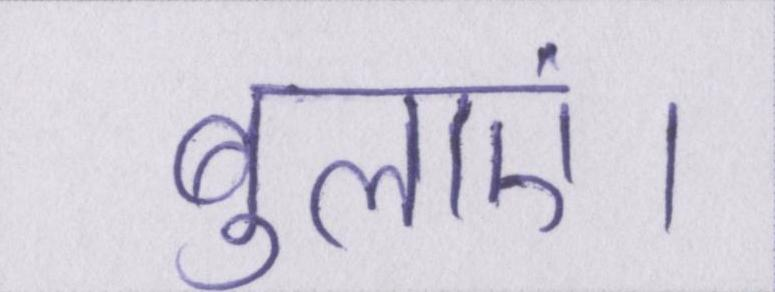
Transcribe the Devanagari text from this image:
बुलाएं।